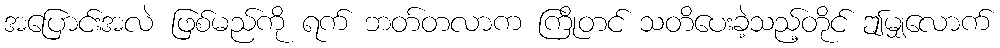
အပြောင်းအလဲ ဖြစ်မည်ကို ရက် ဘတ်တလာက ကြိုတင် သတိပေးခဲ့သည့်တိုင် ဤမျှလောက်